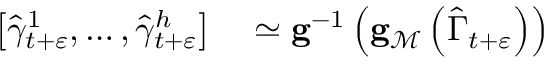
\begin{array} { r l } { \left[ \widehat { \gamma } _ { t + \varepsilon } ^ { 1 } , \ldots , \widehat { \gamma } _ { t + \varepsilon } ^ { h } \right] } & { { } \simeq \mathbf { g } ^ { - 1 } \left( \mathbf { g } _ { \mathcal { M } } \left( \widehat { \Gamma } _ { t + \varepsilon } \right) \right) } \end{array}